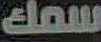
سمك